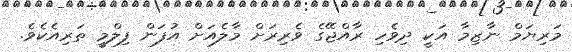
މަރިޔަމް ނާޒިމާ އަކީ ދިވެހި ރާއްޖޭގެ ވެރިރަށް މާލެއަށް އުފަން ފިލްމީ ތަރިއެކެވެ.